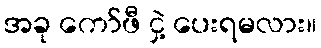
အခု ကော်ဖီ ငှဲ့ ပေးရမလား။